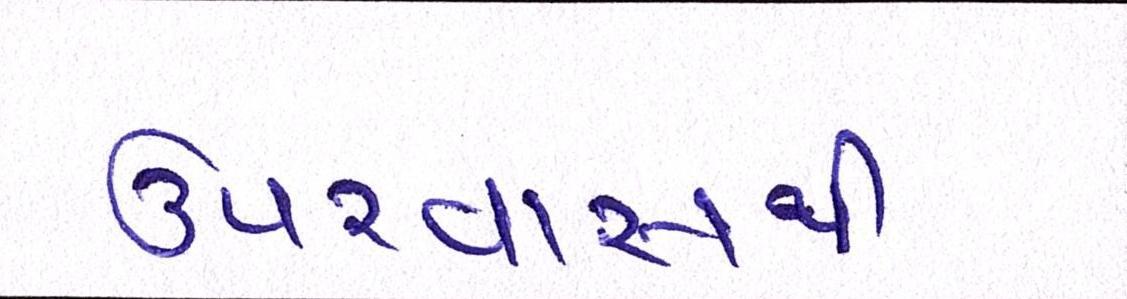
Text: ઉપરવાસથી